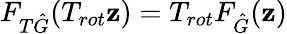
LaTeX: F_{T\hat{G}}(T_{rot}\mathbf{z})=T_{rot}F_{\hat{G}}(\mathbf{z})